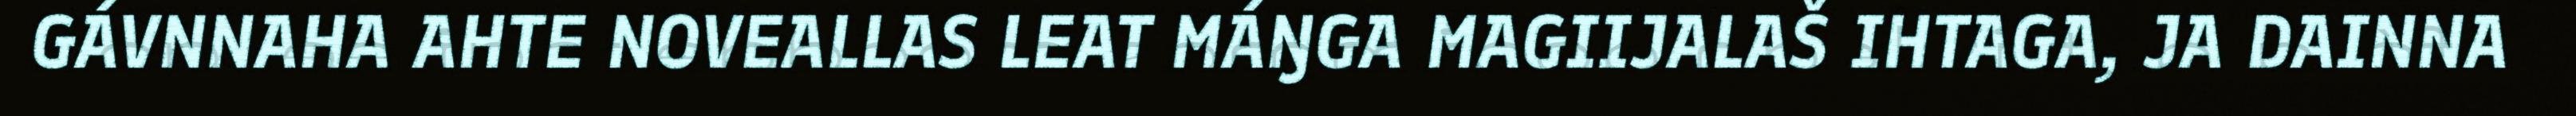
GÁVNNAHA AHTE NOVEALLAS LEAT MÁŊGA MAGIIJALAŠ IHTAGA, JA DAINNA